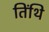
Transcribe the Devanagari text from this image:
तिंथि